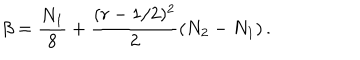
LaTeX: \beta = \frac { N _ { 1 } } { 8 } + \frac { ( r - 1 / 2 ) ^ { 2 } } { 2 } ( N _ { 2 } - N _ { 1 } ) \, .